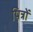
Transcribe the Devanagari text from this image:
पित्रों